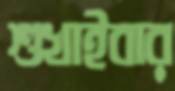
শুখাইবার